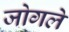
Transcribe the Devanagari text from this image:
जोगले